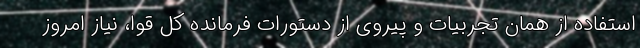
استفاده از همان تجربیات و پیروی از دستورات فرمانده کل قوا، نیاز امروز